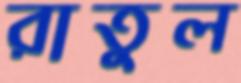
রাতুল